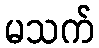
မသက်